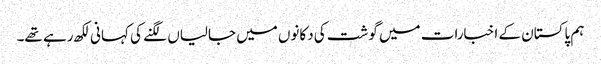
ہم پاکستان کے اخبارات میں گوشت کی دکانوں میں جالیاں لگنے کی کہانی لکھ رہے تھے۔